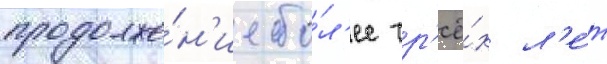
продолже́н'ие бо́л'ее тр'ё́х л'е́т